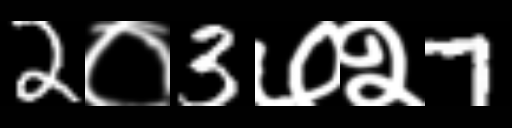
Text: 2०3७२7